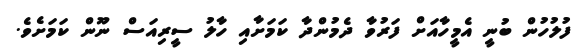
ފުލުހުން ބުނީ އެމީހާއަށް ފަރުވާ ދެމުންދާ ކަމަށާއި ހާލު ސީރިއަސް ނޫން ކަމަށެވެ.